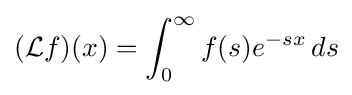
({\mathcal {L}}f)(x)=\int _{0}^{\infty }f(s)e^{-sx}\,ds